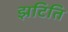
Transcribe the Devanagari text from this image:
झटिति